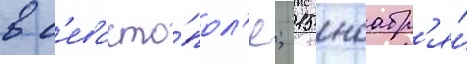
в с'евасто́пол'е; 15 ноабр'я́